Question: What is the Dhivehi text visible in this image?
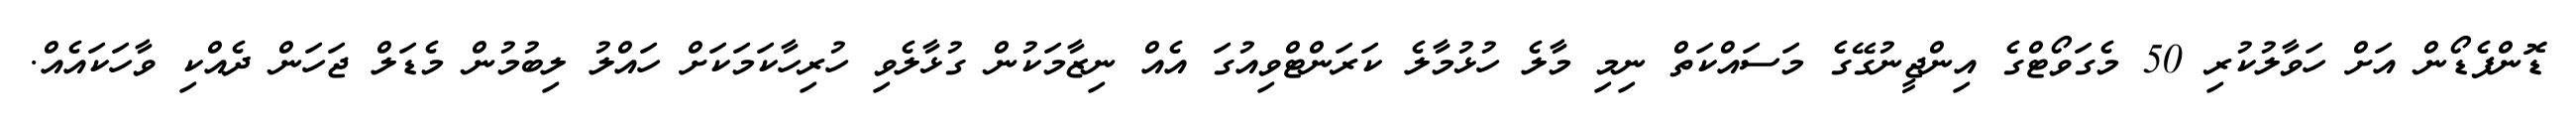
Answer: ޑޮންފެޑޯން އަށް ހަވާލުކުރި 50 މެގަވޯޓްގެ އިންޖީނުގޭގެ މަސައްކަތް ނިމި މާލެ ހުޅުމާލެ ކަރަންޓްވިއުގަ އެއް ނިޒާމަކުން ގުޅާލެވި ހުރިހާކަމަކަށް ހައްލު ލިބުމުން މެޑަލް ޖަހަން ދެއްކި ވާހަކައެއް.